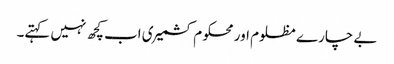
بے چارے مظلوم اور محکوم کشمیری اب کچھ نہیں کہتے۔